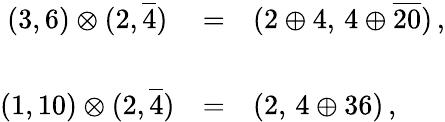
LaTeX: \begin{array}{cll}{{(3,6)\otimes(2,\overline{{{4}}})}}&{{=}}&{{(2\oplus 4,\, 4\oplus\overline{{{20}}})\, ,}}\\ {{{}}}&{{{}}}&{{{}}}\\ {{(1,10)\otimes(2,\overline{{{4}}})}}&{{=}}&{{(2,\, 4\oplus 36)\, ,}}\end{array}